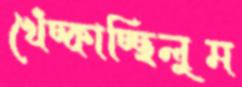
খেঁচ্‌কাচ্ছিলুম